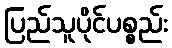
ပြည်သူပိုင်ပစ္စည်း